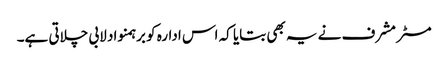
مسٹر مشرف نے یہ بھی بتایا کہ اس ادارہ کو برہمنواد لابی چلاتی ہے۔